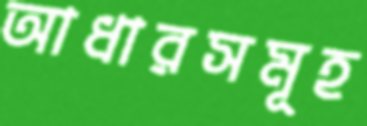
আধারসমূহ